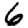
Digit: 6